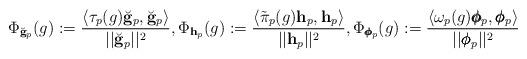
LaTeX: \begin{align*} \Phi_{\breve{\mathbf g}_p}(g) := \frac{\langle \tau_p(g)\breve{\mathbf g}_p, \breve{\mathbf g}_p\rangle}{||\breve{\mathbf g}_p||^2}, \Phi_{\mathbf h_p}(g) := \frac{\langle \tilde{\pi}_p(g)\mathbf h_p, \mathbf h_p\rangle}{||\mathbf h_p||^2}, \Phi_{\pmb{\phi}_p}(g) := \frac{\langle \omega_p(g)\pmb{\phi}_p, \pmb{\phi}_p\rangle}{||\pmb{\phi}_p||^2}\end{align*}